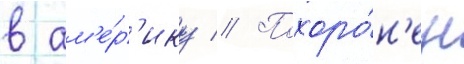
в ам'е́р'ику // Похоро́н'ен